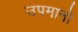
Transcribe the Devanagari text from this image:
उपमानो